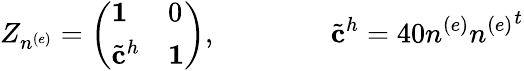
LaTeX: Z_{n^{(e)}}=\left(\begin{array}{ll}{{{\mathbf 1}}}&{{0}}\\ {{{{\tilde{\mathbf c}}^{h}}}}&{{{\mathbf 1}}}\end{array}\right),\qquad\qquad{\tilde{\mathbf c}}^{h}=40n^{(e)}{n^{(e)}}^{t}